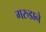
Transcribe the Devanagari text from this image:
गरुडाने